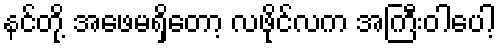
နင်တို့ အဖေမရှိတော့ လဖိုင်လက အကြီးဝါပေါ့